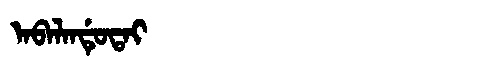
Manchu: ᠠᠪᠠᠯᠠᠨᡩᡠᡨᠠᡳ
Romanization: ABALANDUTAI